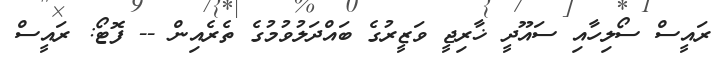
ރައީސް ސޯލިހާއި ސައޫދީ ޚާރިޖީ ވަޒީރުގެ ބައްދަލުވުމުގެ ތެރެއިން -- ފޮޓޯ: ރައީސް